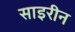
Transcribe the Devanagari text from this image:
साइरीन